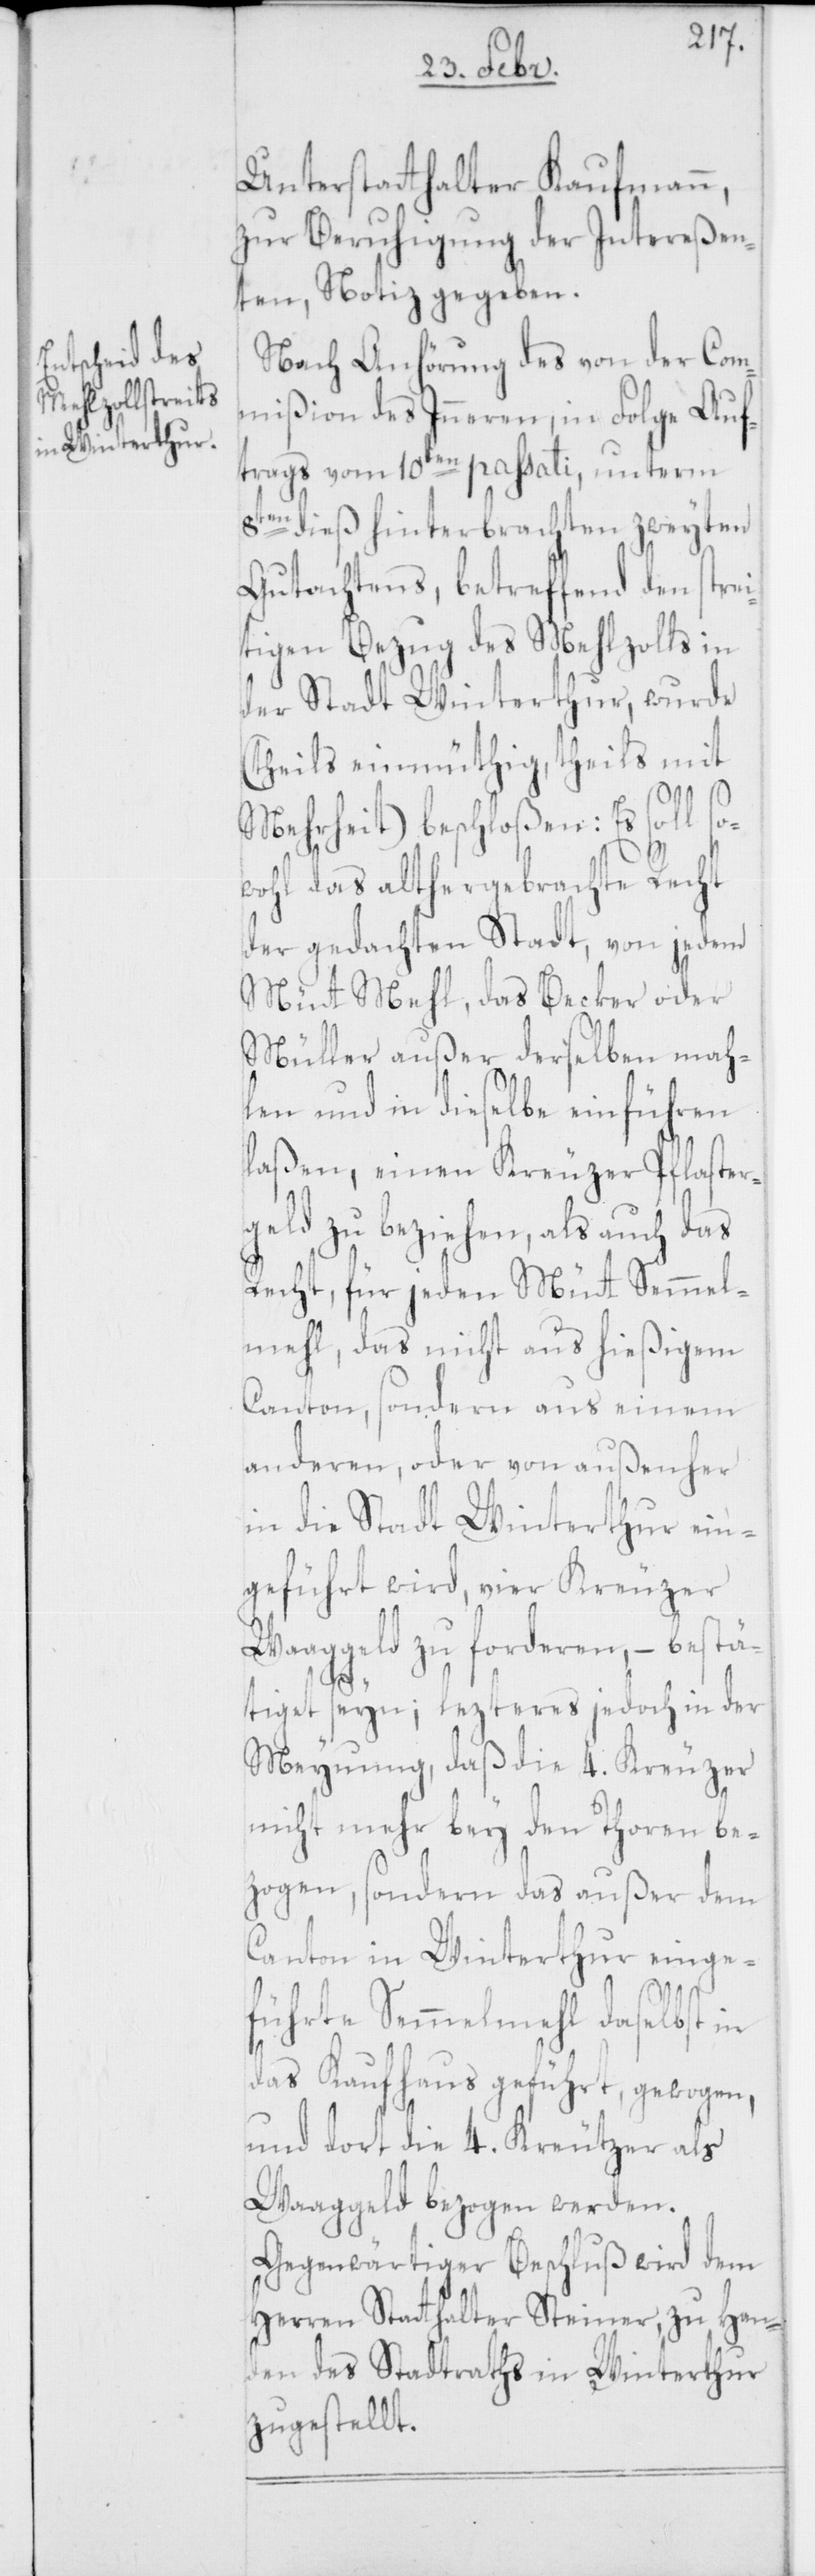
Unterstatthalter Kaufmann,
zur Beruhigung der Intereßen¬
ten, Notiz gegeben.
Nach Anhörung des von der Com¬
mißion des Inneren, in Folge Auf¬
trags vom 10ten passati, unterm
8ten dieß hinterbrachten zweyten
Gutachtens, betreffend den strei¬
tigen Bezug des Mehlzolls in
der Stadt Winterthur, wurde
(theils einmüthig, theils mit
Mehrheit) beschloßen: Es soll so¬
wohl das althergebrachte Recht
der gedachten Stadt, von jedem
Müt Mehl, das Becker oder
Müller außer derselben mah¬
len und in dieselbe einführen
laßen, einen Kreuzer Pflaster¬
geld zu beziehen, als auch das
Recht, für jeden Müt Semmel¬
mehl, das nicht aus hießigem
Canton, sondern aus einem
anderen, oder von aussenher
in die Stadt Winterthur ein¬
geführt wird, vier Kreuzer
Waaggeld zu forderen, – bestä¬
tiget seyn; lezteres jedoch in der
Meynung, daß die 4. Kreuzer
nicht mehr bey den Thoren be¬
zogen, sondern das außer dem
Canton in Winterthur einge¬
führte Semmelmehl daselbst in
das Kaufhaus geführt, gewogen,
und dort die 4. Kreutzer als
Waaggeld bezogen werden.
Gegenwärtiger Beschluß wird dem
Herren Statthalter Steiner, zu Han¬
den des Stadtraths in Winterthur
zugestellt.